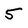
Character: 5